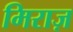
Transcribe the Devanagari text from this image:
मिराज़